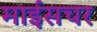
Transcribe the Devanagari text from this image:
माईसचर